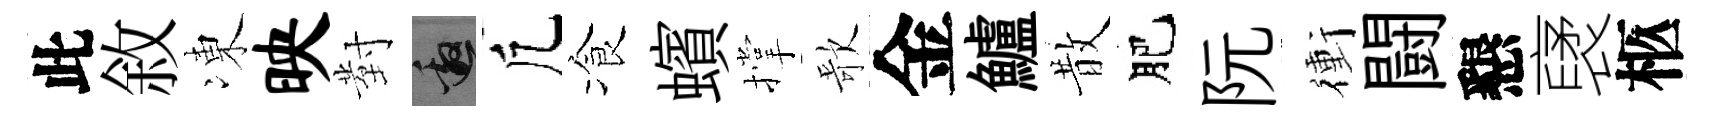
此敘凍映對邀凢飡蠙撑歌金鱸散肥阮衝闘懇裦柩